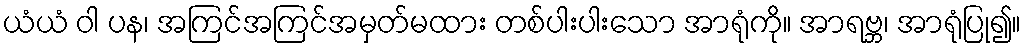
ယံယံ ဝါ ပန၊ အကြင်အကြင်အမှတ်မထား တစ်ပါးပါးသော အာရုံကို။ အာရဗ္ဘ၊ အာရုံပြု၍။